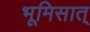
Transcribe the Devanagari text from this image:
भूमिसात्